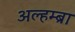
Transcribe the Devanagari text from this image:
अल्हम्ब्रा